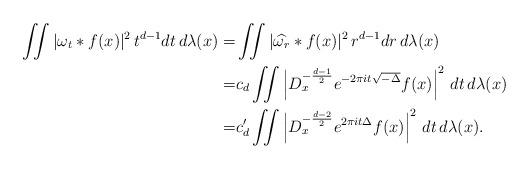
LaTeX: \begin{align*}\begin{aligned}\iint |\omega_t*f(x)|^2\,t^{d-1}dt\,d\lambda(x)=&\iint |\widehat{\omega_r}*f(x)|^2\,r^{d-1}dr\,d\lambda(x) \\=&c_d\iint\left|D_x^{-\frac{d-1}{2}}e^{-2\pi i t\sqrt{-\Delta}}f(x)\right|^2\,dt\,d\lambda(x)\\=&c_d'\iint\left|D_x^{-\frac{d-2}{2}}e^{2\pi i t\Delta}f(x)\right|^2\,dt\,d\lambda(x).\end{aligned}\end{align*}